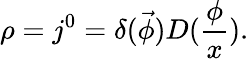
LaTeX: \rho=j^{0}=\delta(\vec{\phi})D(\frac\phi x).